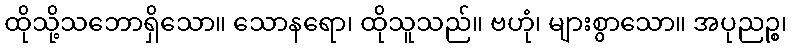
ထိုသို့သဘောရှိသော။ သောနရော၊ ထိုသူသည်။ ဗဟုံ၊ များစွာသော။ အပုညဉ္စ၊